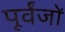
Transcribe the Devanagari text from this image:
पूर्वंजों